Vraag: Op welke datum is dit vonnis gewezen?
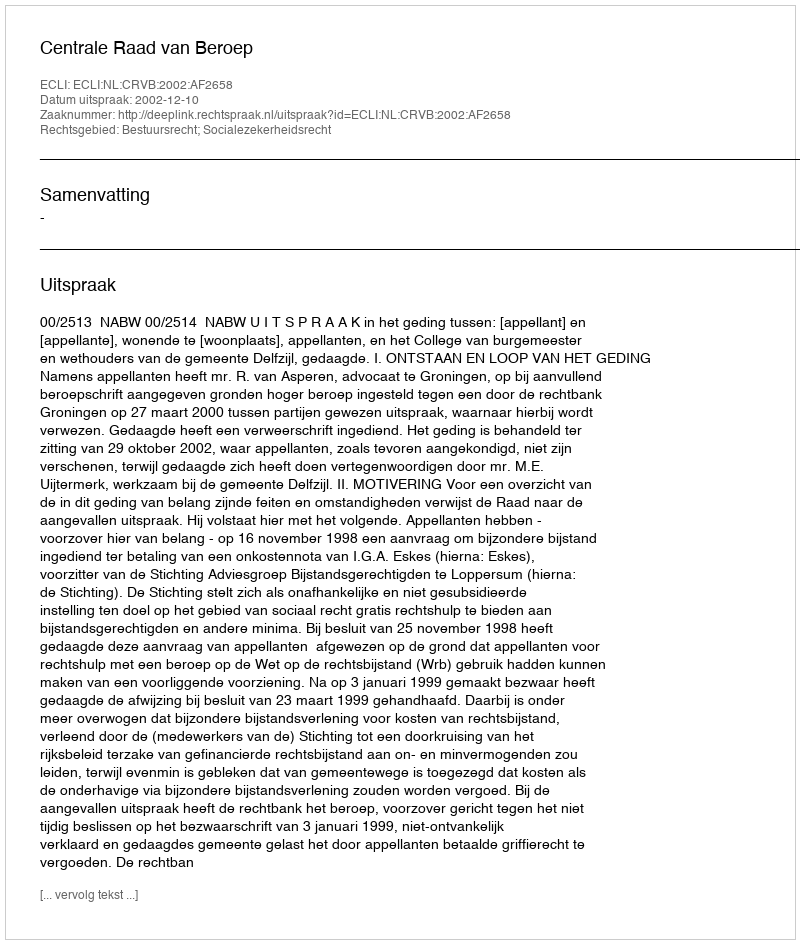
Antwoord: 2002-12-10